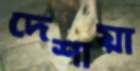
দেশায়া